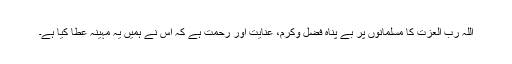
اللہ رب العزت کا مسلمانوں پر بے پناہ فضل وکرم، عنایت اور رحمت ہے کہ اس نے ہمیں یہ مہینہ عطا کیا ہے۔